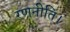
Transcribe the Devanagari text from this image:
रणनीति।